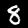
Digit: 8